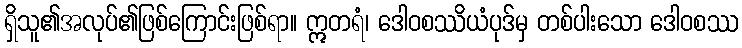
ရှိသူ၏အလုပ်၏ဖြစ်ကြောင်းဖြစ်ရာ။ ဣတရံ၊ ဒေါဝစဿိယံပုဒ်မှ တစ်ပါးသော ဒေါဝစဿ